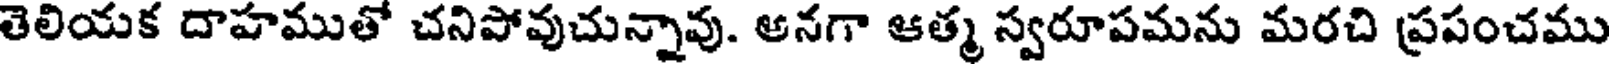
తెలియక దాహముతో చనిపోవుచున్నావు. అనగా ఆత్మ స్వరూపమను మరచి ప్రపంచము